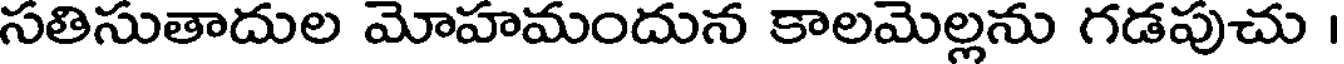
సతిసుతాదుల మోహమందున కాలమెల్లను గడపుచు